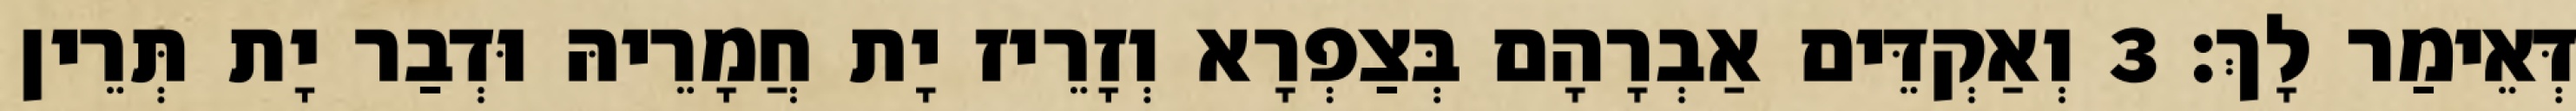
דְּאֵימַר לָךְ׃ 3 וְאַקְדֵּים אַבְרָהָם בְּצַפְרָא וְזָרֵיז יָת חֲמָרֵיהּ וּדְבַר יָת תְּרֵין